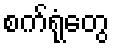
စက်ရုံတွေ